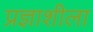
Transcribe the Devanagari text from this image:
प्रज्ञाशीला